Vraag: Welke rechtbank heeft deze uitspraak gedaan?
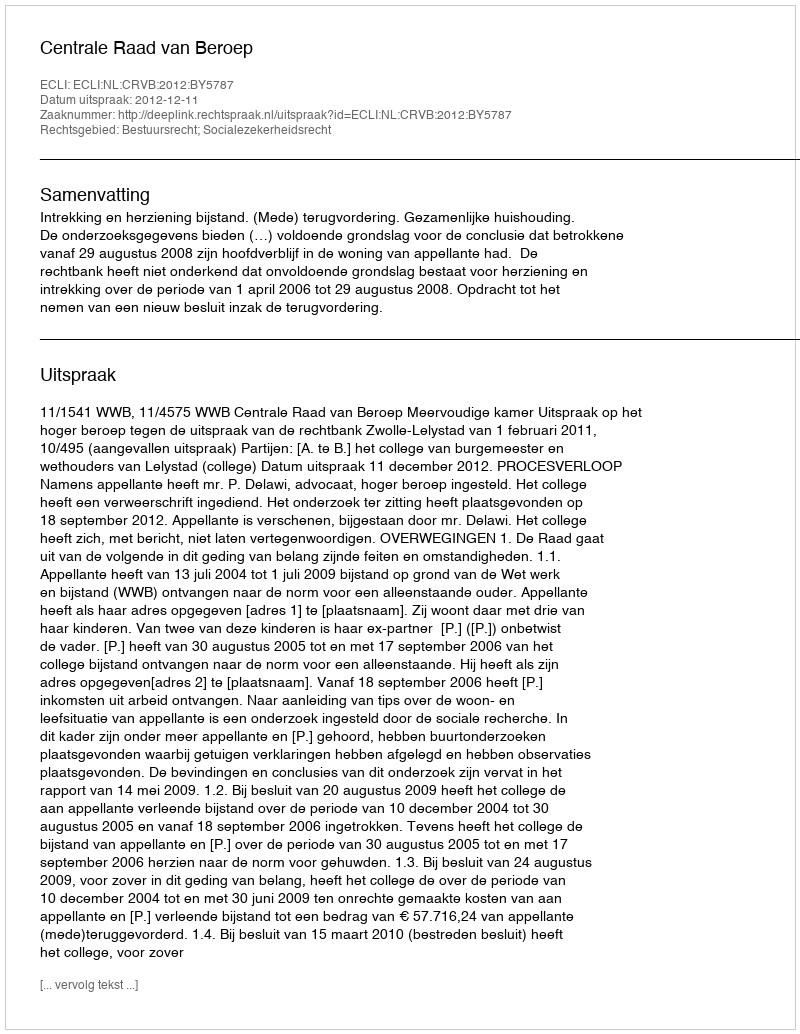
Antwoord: Centrale Raad van Beroep